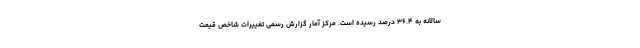
سالانه به ۳۶.۴ درصد رسیده است. مرکز آمار گزارش رسمی تغییرات شاخص قیمت